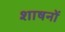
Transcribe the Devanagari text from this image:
शाषनों